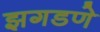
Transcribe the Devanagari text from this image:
झगडणे